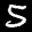
Label: 5